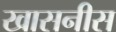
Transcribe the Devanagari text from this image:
खासनीस